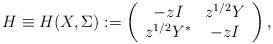
LaTeX: \begin{align*} H \equiv H(X, \Sigma): = \left( {\begin{array}{*{20}c} { -zI} & z^{1/2}Y \\ z^{1/2} Y^{*} & {-zI} \\ \end{array}} \right), \end{align*}